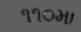
૧૧૦મા